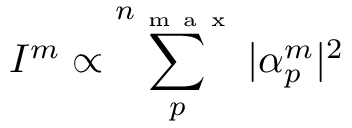
I ^ { m } \propto \sum _ { p } ^ { n _ { \mathrm { ~ m ~ a ~ x ~ } } } | \alpha _ { p } ^ { m } | ^ { 2 }